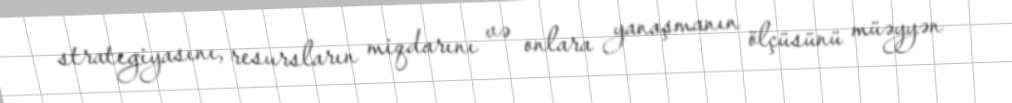
strategiyasını, resursların miqdarını və onlara yanaşmanın ölçüsünü müəyyən